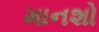
માનશો